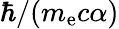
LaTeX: \hbar/(m_{\mathrm{e}}c\alpha)